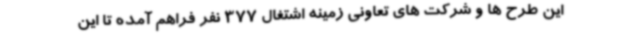
این طرح ها و شرکت های تعاونی زمینه اشتغال 377 نفر فراهم آمده تا این